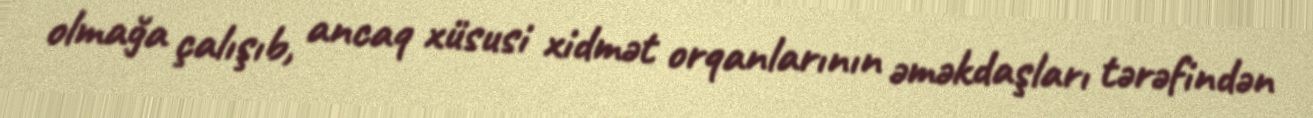
olmağa çalışıb, ancaq xüsusi xidmət orqanlarının əməkdaşları tərəfindən